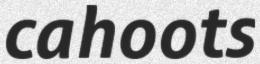
cahoots